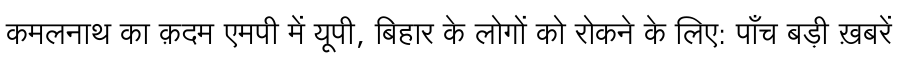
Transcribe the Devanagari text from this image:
कमलनाथ का क़दम एमपी में यूपी, बिहार के लोगों को रोकने के लिए: पाँच बड़ी ख़बरें